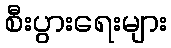
စီးပွားရေးများ